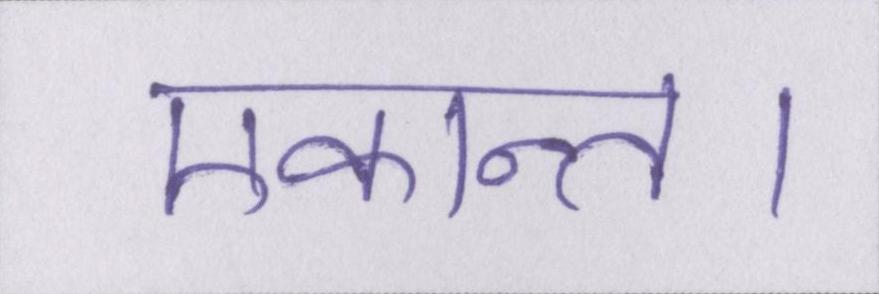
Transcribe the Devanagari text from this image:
एकान्त।